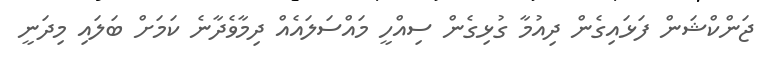
ޖަންކްޝަން ފަޅައިގެން ދިއުމާ ގުޅިގެން ސިއްހީ މައްސަލައެއް ދިމާވެދާނެ ކަމަށް ބަލައި މިދަނީ